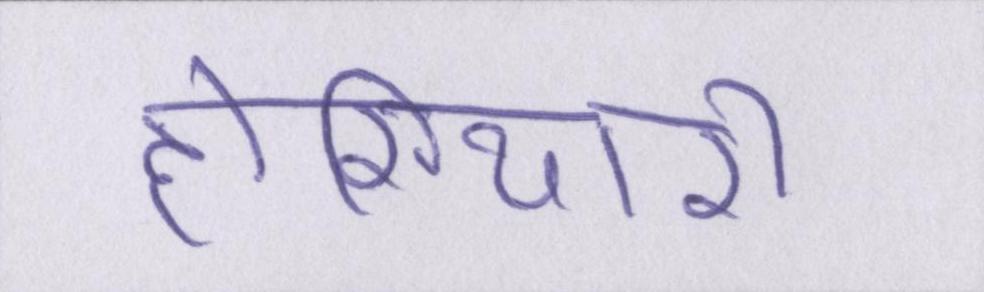
होशियारी